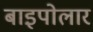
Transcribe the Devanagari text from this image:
बाइपोलार